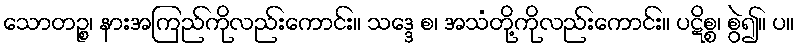
သောတဉ္စ၊ နားအကြည်ကိုလည်းကောင်း။ သဒ္ဒေ စ၊ အသံတို့ကိုလည်းကောင်း။ ပဋိစ္စ၊ စွဲ၍။ ပ။